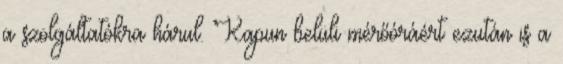
a szolgáltatókra hárul. Kapun belüli mérőóráért ezután is a